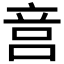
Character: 𥩶